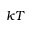
k T